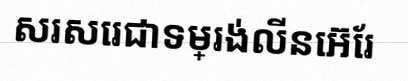
សរសេរជាទម្រង់លីនេអ៊ែរ